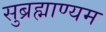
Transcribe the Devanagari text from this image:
सुब्रह्माण्यम